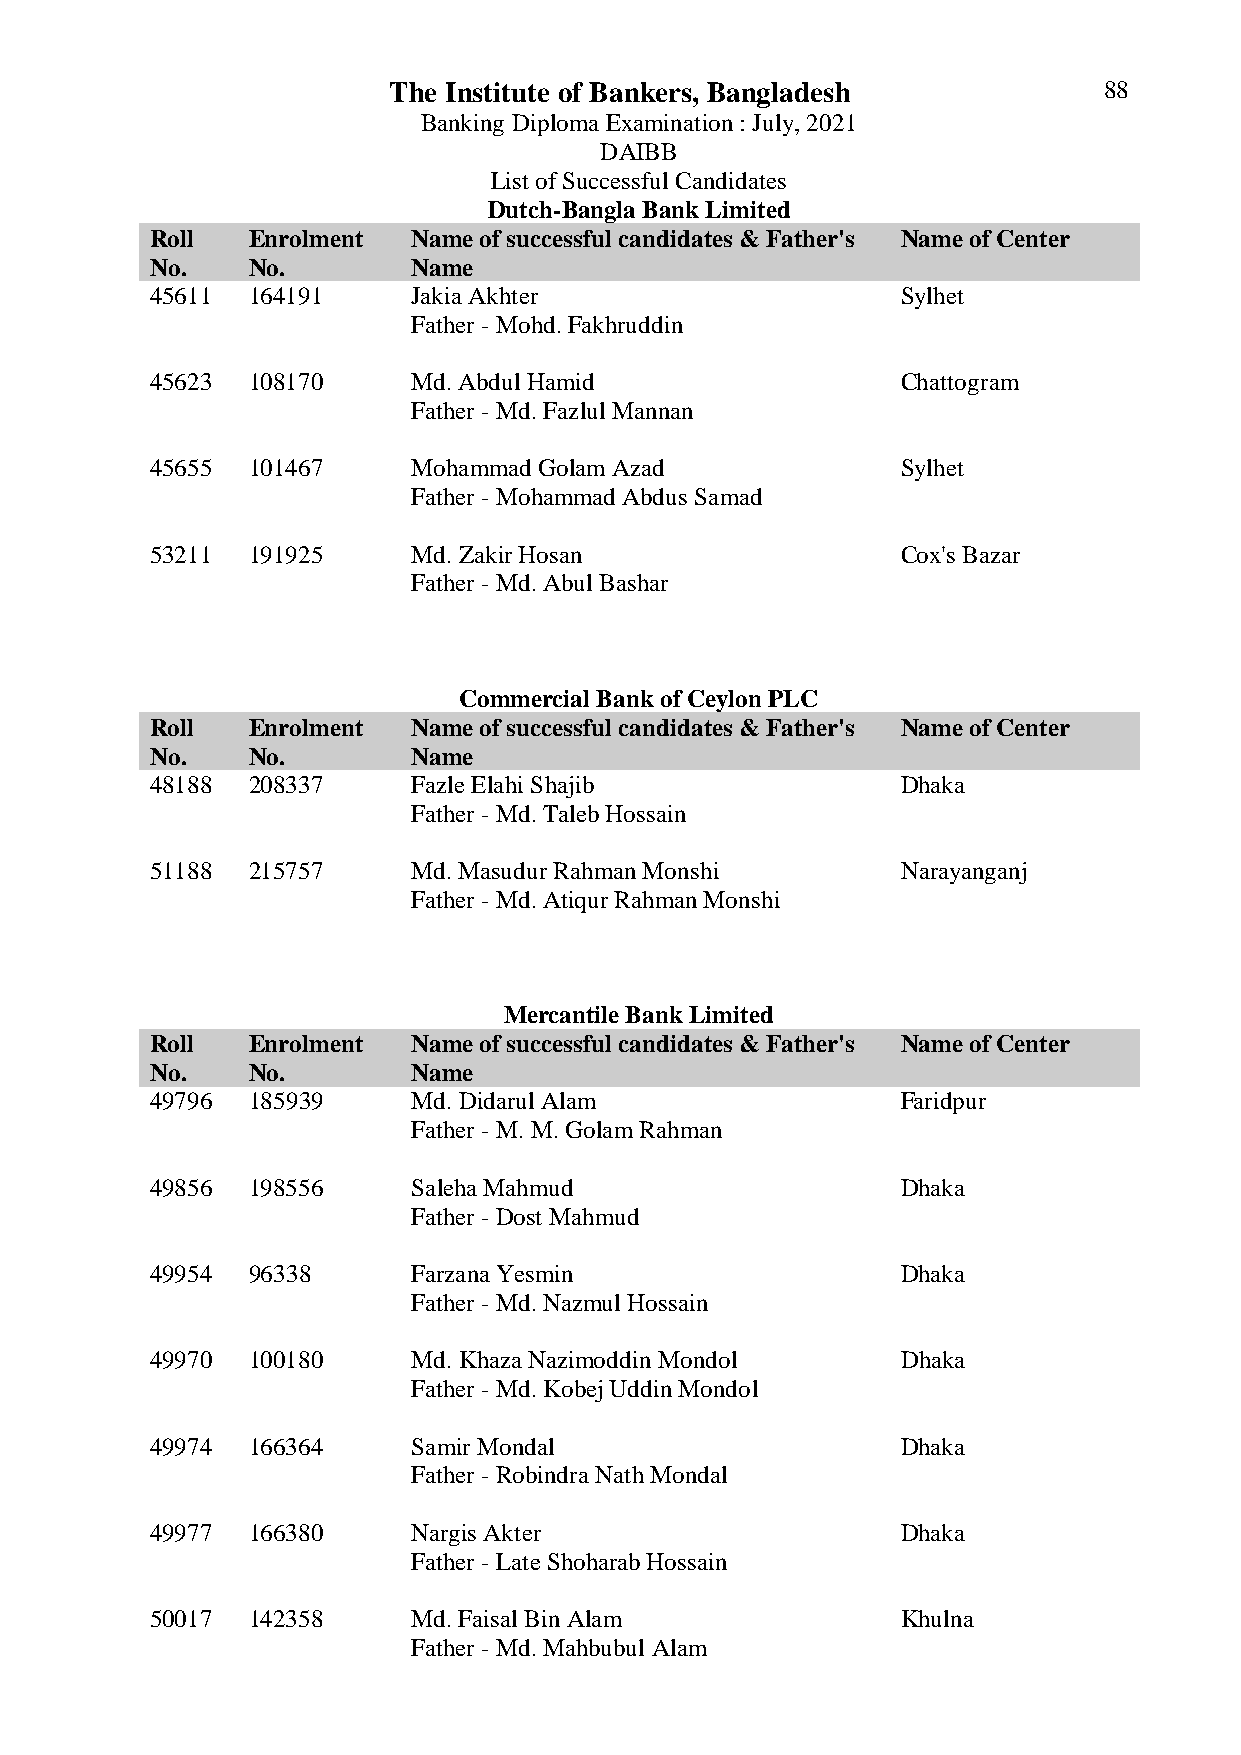
The Institute of Bankers, Bangladesh           88
 Banking Diploma Examination : July, 2021
 DAIBB
 List of Successful Candidates
 Dutch-Bangla Bank Limited
 Roll  Enrolment  Name of successful candidates & Father's Name of Center
 No.   No.        Name
 45611 164191     Jakia Akhter                     Sylhet
 Father - Mohd. Fakhruddin
 45623 108170     Md. Abdul Hamid                  Chattogram
 Father - Md. Fazlul Mannan
 45655 101467     Mohammad Golam Azad              Sylhet
 Father - Mohammad Abdus Samad
 53211 191925     Md. Zakir Hosan                  Cox's Bazar
 Father - Md. Abul Bashar
 Commercial Bank of Ceylon PLC
 Roll  Enrolment  Name of successful candidates & Father's Name of Center
 No.   No.        Name
 48188 208337     Fazle Elahi Shajib               Dhaka
 Father - Md. Taleb Hossain
 51188 215757     Md. Masudur Rahman Monshi        Narayanganj
 Father - Md. Atiqur Rahman Monshi
 Mercantile Bank Limited
 Roll  Enrolment  Name of successful candidates & Father's Name of Center
 No.   No.        Name
 49796 185939     Md. Didarul Alam                 Faridpur
 Father - M. M. Golam Rahman
 49856 198556     Saleha Mahmud                    Dhaka
 Father - Dost Mahmud
 49954 96338      Farzana Yesmin                   Dhaka
 Father - Md. Nazmul Hossain
 49970 100180     Md. Khaza Nazimoddin Mondol      Dhaka
 Father - Md. Kobej Uddin Mondol
 49974 166364     Samir Mondal                     Dhaka
 Father - Robindra Nath Mondal
 49977 166380     Nargis Akter                     Dhaka
 Father - Late Shoharab Hossain
 50017 142358     Md. Faisal Bin Alam              Khulna
 Father - Md. Mahbubul Alam